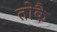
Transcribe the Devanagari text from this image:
तोकै